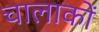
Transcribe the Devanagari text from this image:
चालाकों